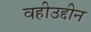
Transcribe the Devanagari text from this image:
वहीउद्दीन